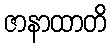
ဇာနာထာတိ